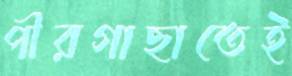
পীরগাছাতেই